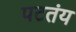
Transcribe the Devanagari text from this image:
पटतंय